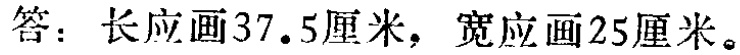
答：长应画37.5厘米，宽应画25厘米。